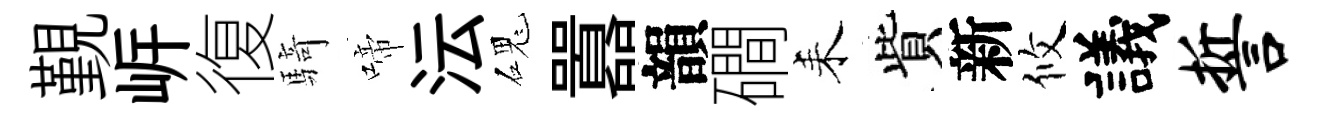
覲㟁復騎啼沄磈囂韻磵耒貲新攸議誓